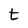
Character: t